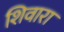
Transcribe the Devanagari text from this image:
शिवारा